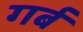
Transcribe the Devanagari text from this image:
गर्ब